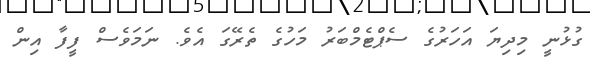
ގުޅުނީ މިދިޔަ އަހަރުގެ ސެޕްޓެމްބަރު މަހުގެ ތެރޭގަ އެވެ. ނަމަވެސް ފީފާ އިން